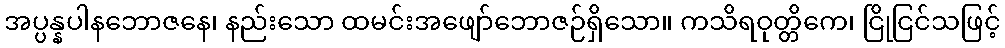
အပ္ပန္နပါနဘောဇနေ၊ နည်းသော ထမင်းအဖျော်ဘောဇဉ်ရှိသော။ ကသိရဝုတ္တိကေ၊ ငြိုငြင်သဖြင့်